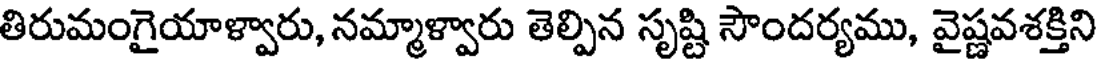
తిరుమంగైయాళ్వారు, నమ్మాళ్వారు తెల్పిన సృష్టి సౌందర్యము, వైష్ణవశక్తిని